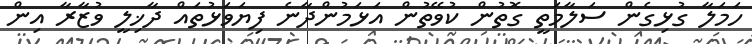
ހަމަލާ ގުޅިގެން ސަލާމަތީ ގޮތުން ކުވޭތުން އަޅަމުންދާނެ ފިޔަވަޅުތައް ދާޚިލީ ވުޒާރާ އިން